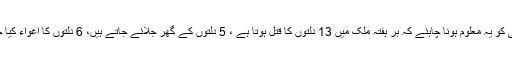
مودی جی کو یہ معلوم ہونا چاہئے کہ ہر ہفتہ ملک میں 13 دلتوں کا قتل ہوتا ہے ، 5 دلتوں کے گھر جلائے جاتے ہیں، 6 دلتوں کا اغواء کیا جاتا ہے ۔